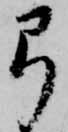
弓